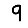
Digit: 9